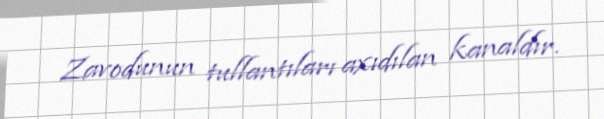
Zavodunun tullantıları axıdılan kanaldır.